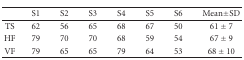
|  | S1 | S2 | S3 | S4 | S5 | S6 | Mean±SD |
 | --- | --- | --- | --- | --- | --- | --- | --- |
 | TS | 62 | 56 | 65 | 68 | 67 | 50 | 61±7 |
 | HF | 79 | 70 | 70 | 68 | 59 | 54 | 67±9 |
 | VF | 79 | 65 | 65 | 79 | 64 | 53 | 68±10 |